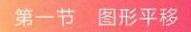
第一节 图形平移